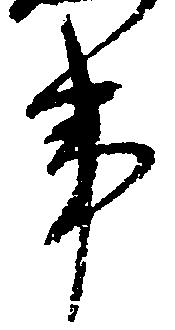
事